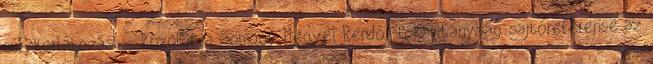
súlykorlátozást - közölte a Somogy Megyei Rendőr-főkapitányság sajtóreferense az